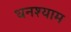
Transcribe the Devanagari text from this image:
धनश्याम